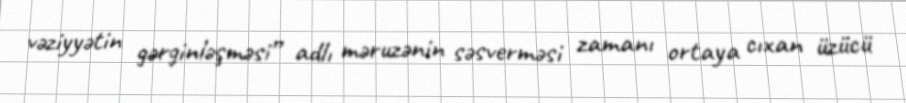
vəziyyətin gərginləşməsi” adlı məruzənin səsverməsi zamanı ortaya cıxan üzücü